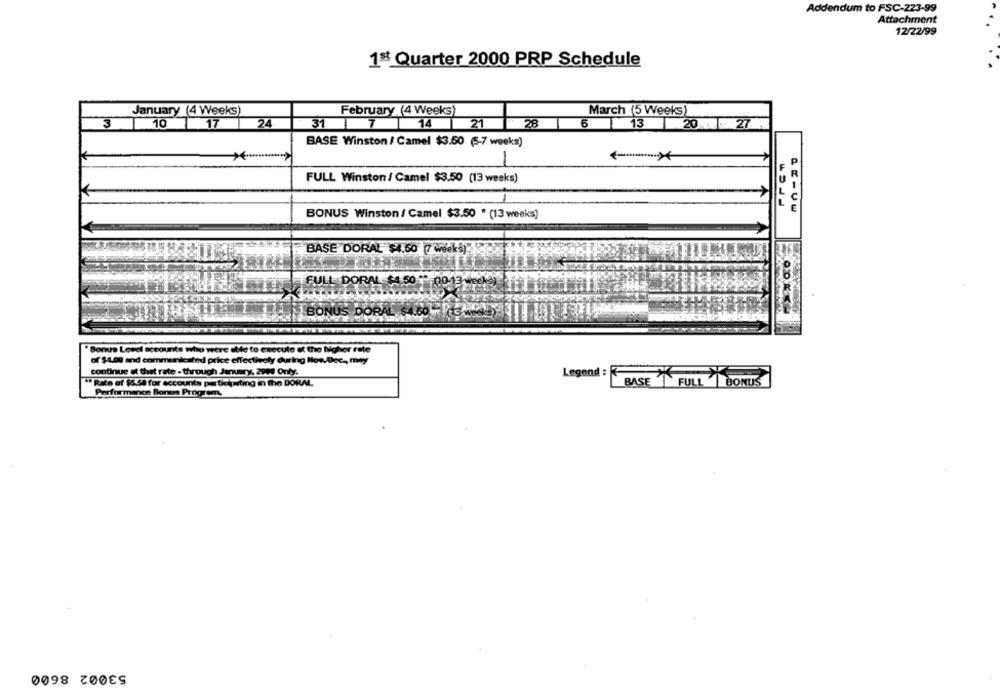
Addendum to FSC-223-99
Attachment
12/22/99
1ª Quarter 2000 PRP Schedule
January (4 Weeks)
February (4 Weeks)
March (5 Weeks)
3
10 17
24
31
7
14
21
28
6
13 20 27
BASE Winston / Camel $3.50 (5-7 weeks)
-
FULL Winston / Camel $3.50 (13 weeks)
BONUS Winston / Camel $3.50 * (13 weeks)
BASE DORAL $4.60 7 weeks)
FULL DORAL $4.50 00130
BONUS DORAL
Bonus Leeel accounts who were able to execute at the higher rate
of $4.00 and communicated price effectively during How.Dec ., may
continue at that rate - through January, 2900 Only.
Legend :
** Rate of $5.54 for accounts participating in the DORAL
BASE FULL 8
BONUS
Performance Bonus Program,
53002 8600